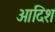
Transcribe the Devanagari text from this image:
आदिश